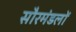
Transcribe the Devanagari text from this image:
सौरमंडलों